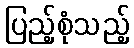
ပြည့်စုံသည့်